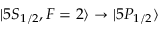
| 5 S _ { 1 / 2 } , F = 2 \rangle \rightarrow | 5 P _ { 1 / 2 } \rangle